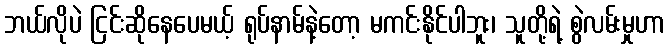
ဘယ်လိုပဲ ငြင်းဆိုနေပေမယ့် ရုပ်နာမ်နဲ့တော့ မကင်းနိုင်ပါဘူး၊ သူတို့ရဲ့ စွဲလမ်းမှုဟာ